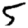
Digit: 5